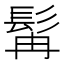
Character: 髯